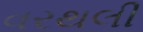
વરથલી